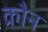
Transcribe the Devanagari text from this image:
क्रौन